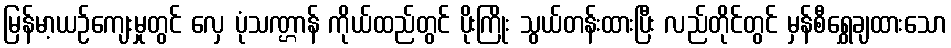
မြန်မာ့ယဉ်ကျေးမှုတွင် လှေ ပုံသဏ္ဌာန် ကိုယ်ထည်တွင် ပိုးကြိုး သွယ်တန်းထားပြီး လည်တိုင်တွင် မှန်စီရွှေချထားသော